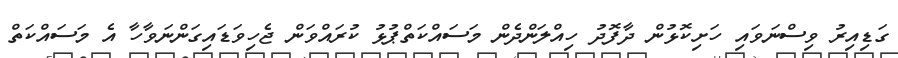
ގަޑިއިރު ވިސްނަވައި ހަށިކޮޅުން ދާފޮދު ހިއްލަންދެން މަސައްކަތްޕުޅު ކުރައްވަން ޖެހިވަޑައިގަންނަވާހާ އެ މަސައްކަތް